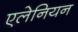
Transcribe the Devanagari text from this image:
एलेनियन